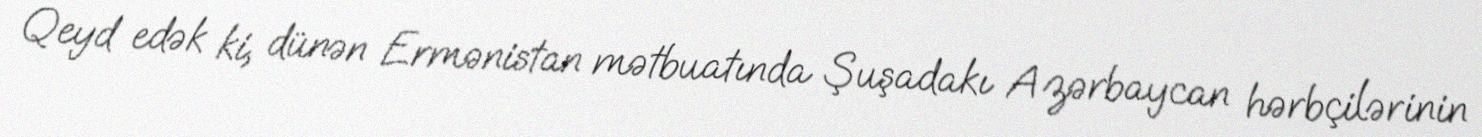
Qeyd edək ki, dünən Ermənistan mətbuatında Şuşadakı Azərbaycan hərbçilərinin